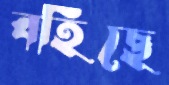
বহিছে